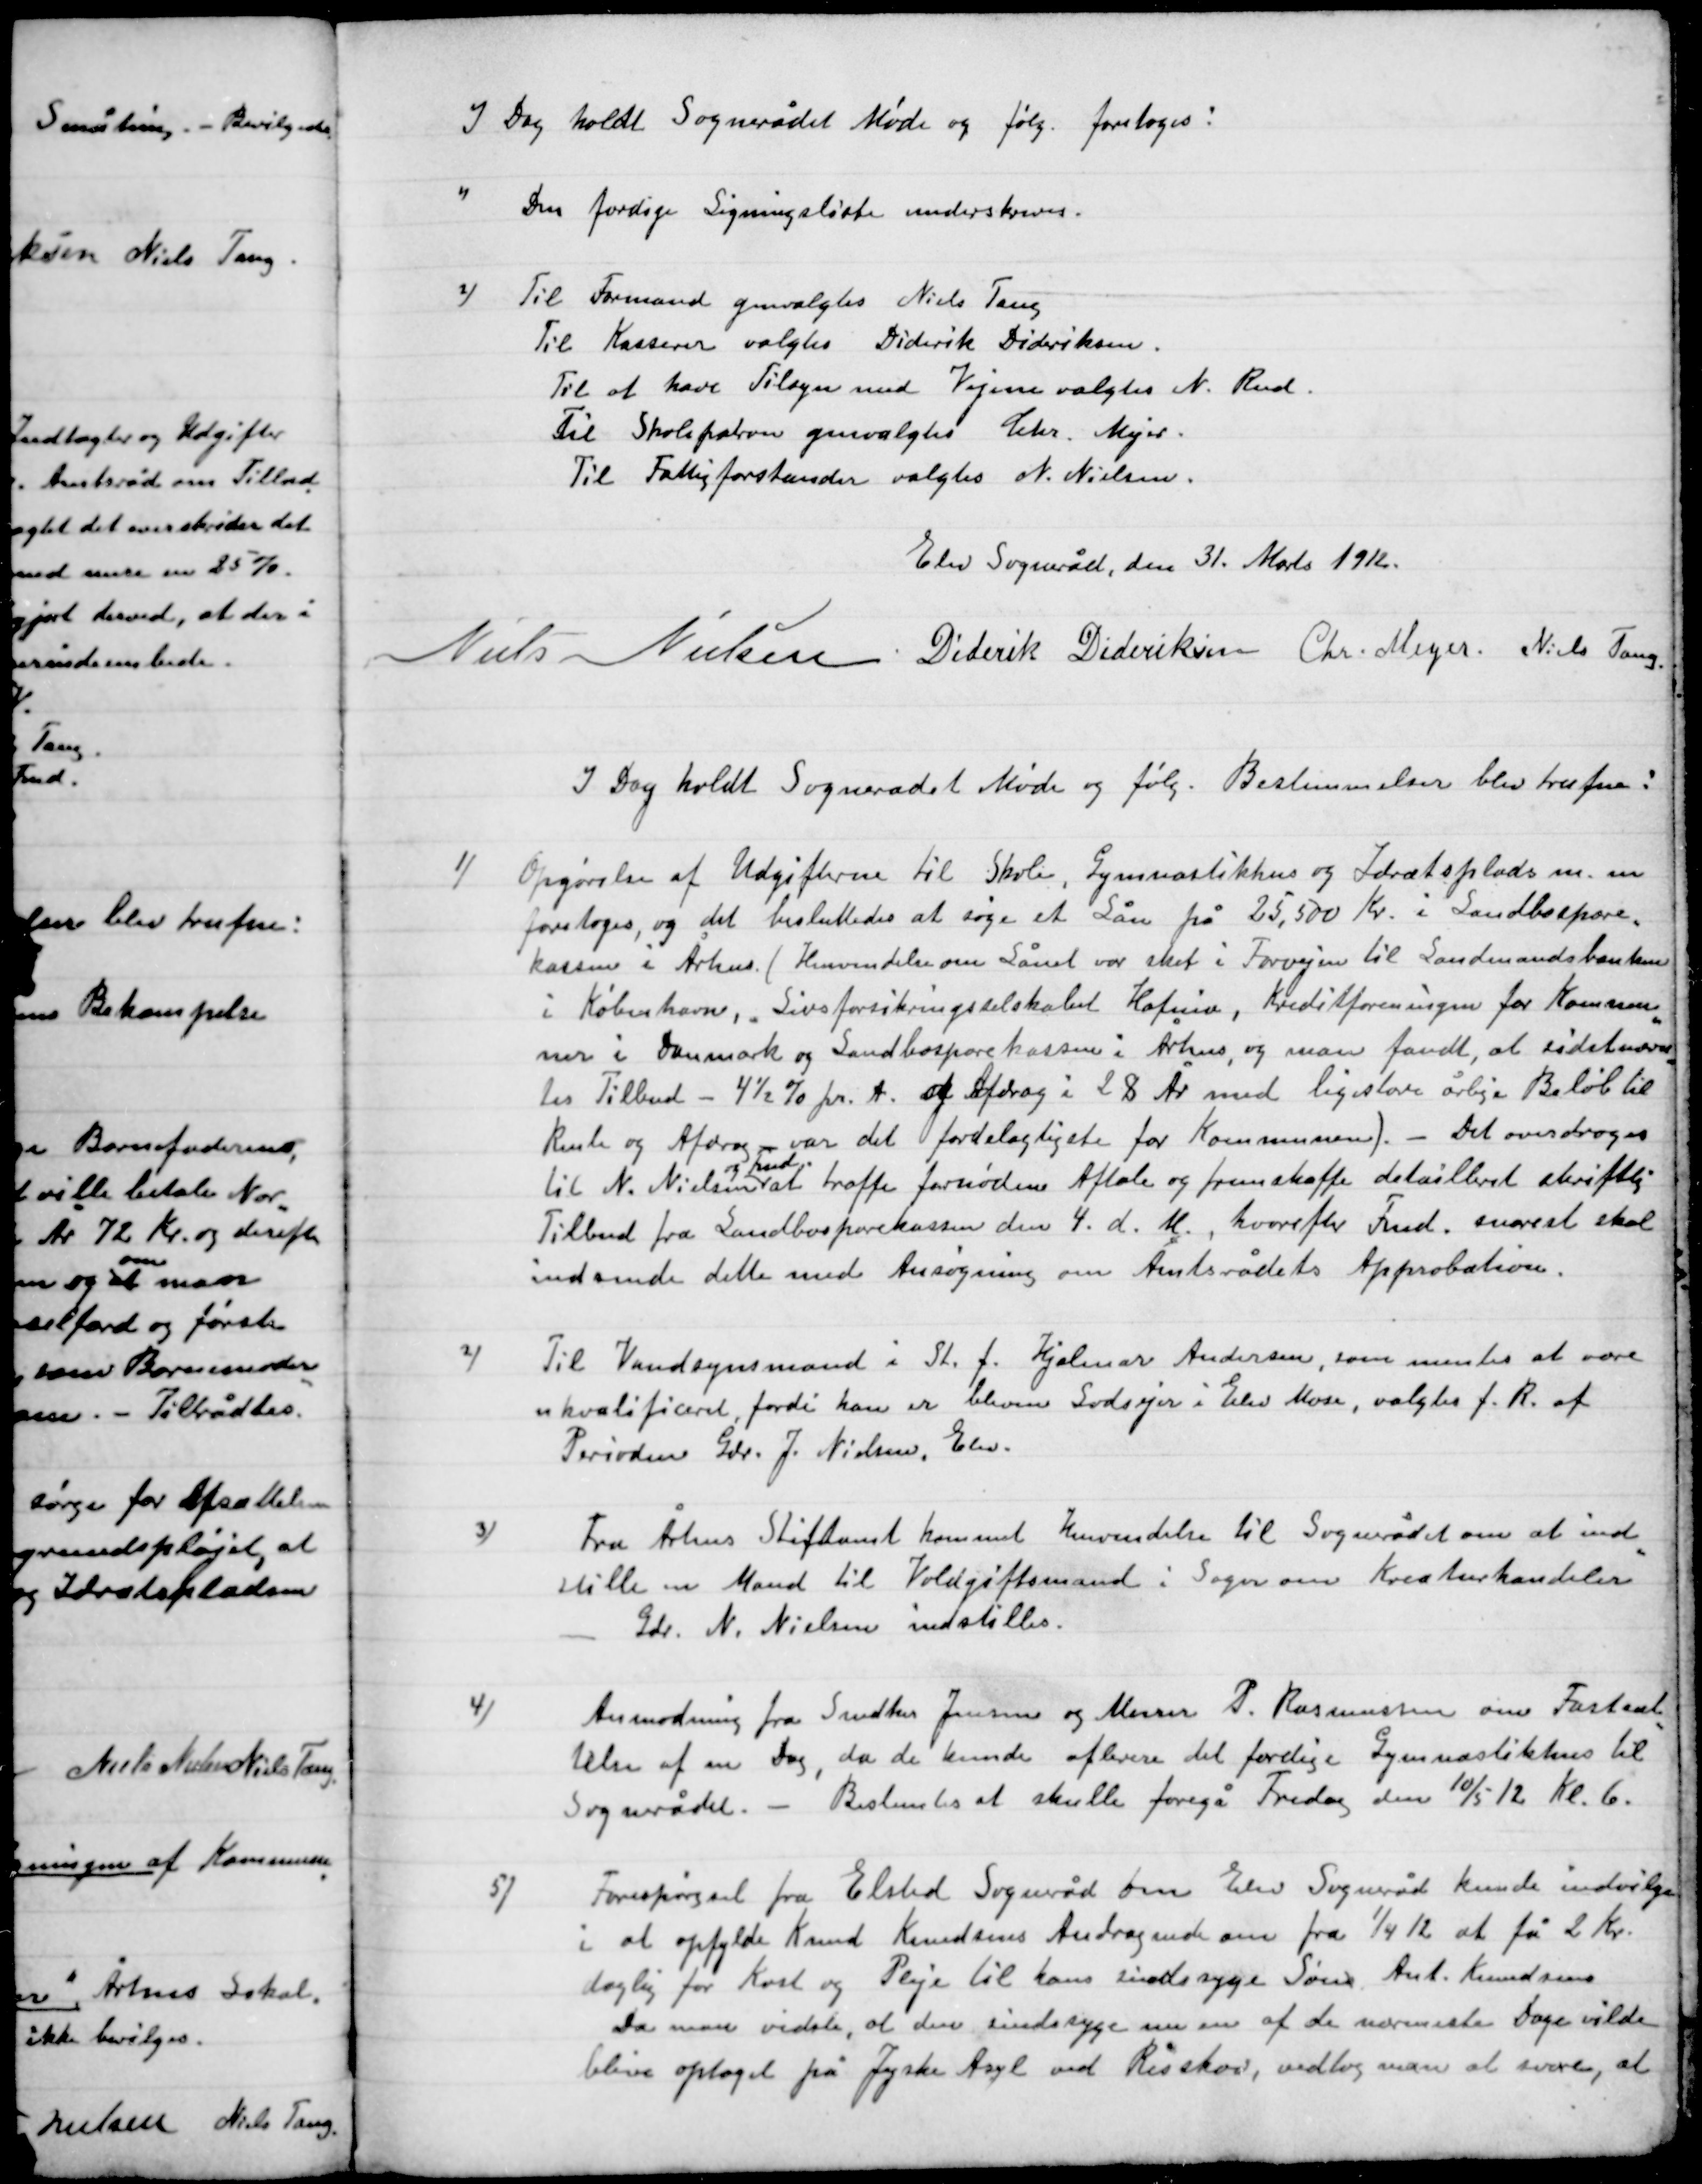
Transskription:
I Dag holdt Sognerådet Møde og følg. Foretoges:

1)

Den færdige Ligningsliste underskrives.

2)

Til Formand genvalgtes Niels Tang.
Til Kasserer valgtes Diderik Dideriksen
Til at have Tilsyn med Vejene valgtes N. Rud
Til Skolepatron genvalgtes Chr. Mejer
Til Fattigforstander valgtes N, Nielsen.

Elev sogneråd, den 31. Marts 1912

Niels Nielsen
Diderik Dideriksen
Chr. Meyer.
Niels Tang.

I Dag holdt Sognerådet Møde og følg. Bestemmelser blev truffen:

1)

Opgørelse af Udgifterne til Skole, Gymnastikhus og Idrætsplads m. m.
foretoges, og det besluttedes at søge et Lån på 25.500 Kr. i Landbospare-
kassen i Århus (Henvendelse om Lånet var  sket i forvejen til Landbosparekassen)
i København, Livsforsikringsselskabet Kofoed, Kreditforeningen for Kommu-
ner i Danmark og Landbosparekassen i Århus, og man fandt, at sidstnævn-
tes Tilbud – 4½ % pr. A. af Afdrag i 28 År med lige store årlige Beløb til
Renter og Afdrag var det fordelagtigste for Kommunen). – Det overdroges
til N. Nielsen
og Rud
at træffe fornøden Aftale og fremskaffe detailleret skriftlig
Tilbud fra Landbosparekassen den 4. d. M., hvorefter Fmd. snarest skal
Indsende dette med Ansøgning om Amtsrådets Approbation.

2)

Til Vandsysmand i St. f. Hjalmar Andersen, som mentes at være
ukvalificeret, fordi han er bleven Godsejer i Elev Mose, valgtes f. R. af
Perioden Grd. J. Nielsen, Elev.

3)

Fra Århus Stiftsamt kommet Henvendelse til Sognerådet om at ind-
stille en Mand til Voldgiftsmand i Sagen om Kreaturhandler
-	Gdr. N. Nielsen indstilles.

4)

Anmodning fra Snedker Jensen og Maren P. Rasmussen om Fastsæt-
telse af en Dag, da de kunde aflevere det færdige Gymnastikhus til
Sognerådet. – Bestemtes at skulle foregå torsdag den 10/5 12 Kl. 6.

5)

Forespørgsel fra Elsted sogneråd om Elev sogneråd kunde indvillig
i at opfylde Knud Knudsens Andragende om fra ¼ 12 at få 2 Kr.
daglig for Kost og Pleje til hans sindssyge Søn Arnt Knudsen.
Da man vidste, at den sindssyge nu er af de nærmeste Dage vilde
blive optaget på Jyske Asyl ved Risskov, vedtog man at svare, at